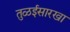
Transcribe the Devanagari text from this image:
तुळईसारखा